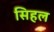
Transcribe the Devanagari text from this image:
सिहल